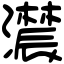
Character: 𤂑